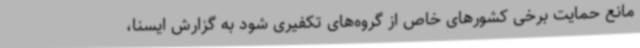
مانع حمایت برخی کشورهای خاص از گروه‌های تکفیری شود به گزارش ایسنا،